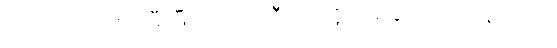
ယုကာဝါက စပ်ဖြီးဖြီးလုပ်၍ ဘီယာကို မော့သောက်နေသည်။